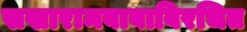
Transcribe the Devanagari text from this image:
सखारामबाबाविरचित